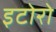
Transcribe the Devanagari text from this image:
इटोरो